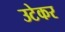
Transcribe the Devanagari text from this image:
उटेकर